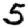
Digit: 5